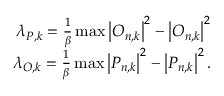
\begin{array} { r } { \lambda _ { P , k } = \frac { 1 } { \beta } \operatorname* { m a x } \left| O _ { n , k } \right| ^ { 2 } - \left| O _ { n , k } \right| ^ { 2 } } \\ { \lambda _ { O , k } = \frac { 1 } { \beta } \operatorname* { m a x } \left| P _ { n , k } \right| ^ { 2 } - \left| P _ { n , k } \right| ^ { 2 } . } \end{array}